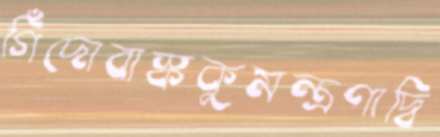
গিঁদোবাস্ককুমন্ত্রণাদ্বি